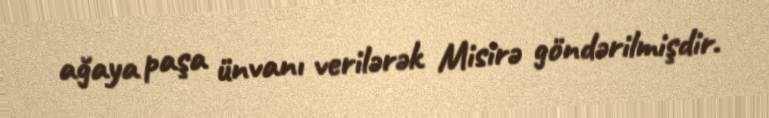
ağaya paşa ünvanı verilərək Misirə göndərilmişdir.